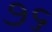
૭૬